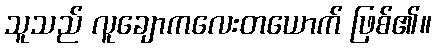
သူသည် လူချောကလေးတယောက် ဖြစ်၏။